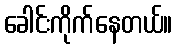
ခေါင်းကိုက်နေတယ်။